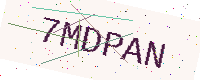
Text: 7MDPAN